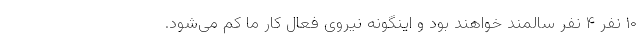
۱۰ نفر ۴ نفر سالمند خواهند بود و اینگونه نیروی فعال کار ما کم می‌شود.